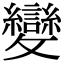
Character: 變